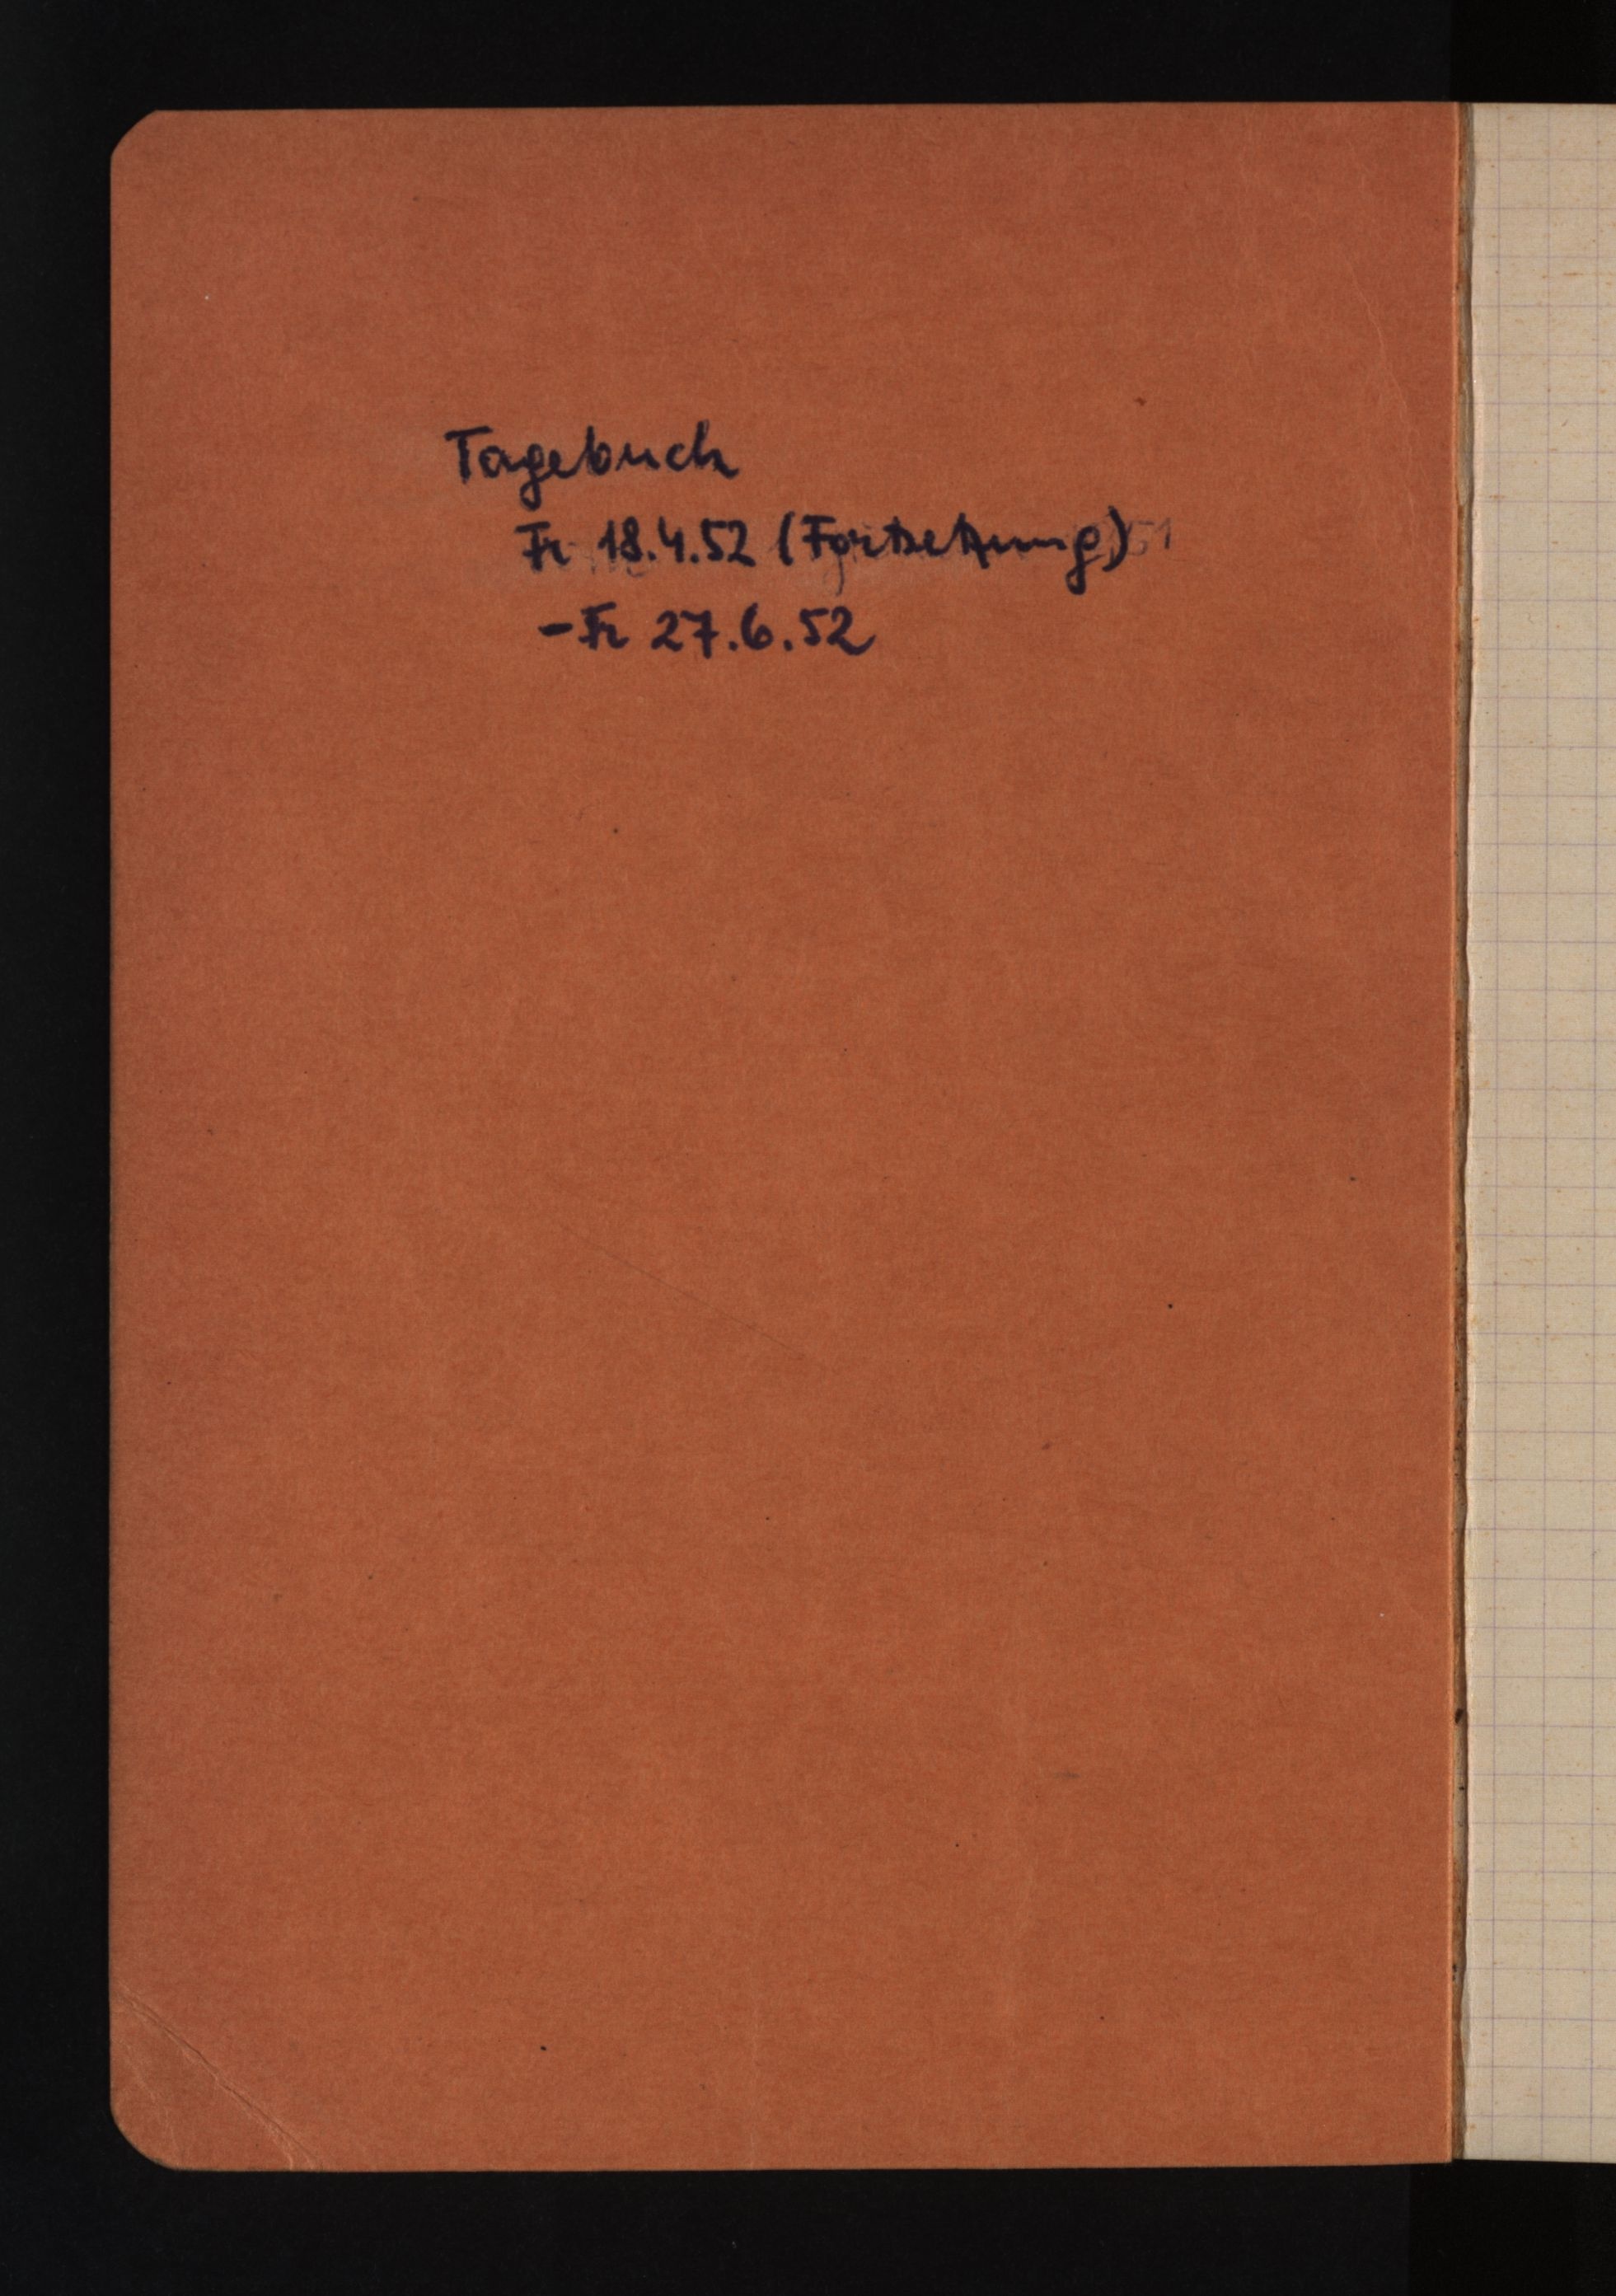
Tagebuch
Fr 18.4.52 (Fortsetzung)
- Fr 27.6.52